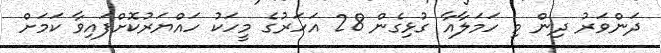
ދަންވަރު ދިން މި ހަމަލާއާ ގުޅިގެން 28 އަހަރުގެ މީހަކު ހައްޔަރުކޮށްފައިވާ ކަމަށް